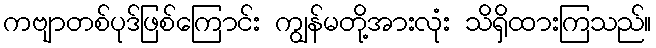
ကဗျာတစ်ပုဒ်ဖြစ်ကြောင်း ကျွန်မတို့အားလုံး သိရှိထားကြသည်။